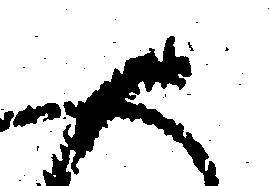
御